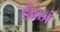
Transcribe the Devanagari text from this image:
डोळां